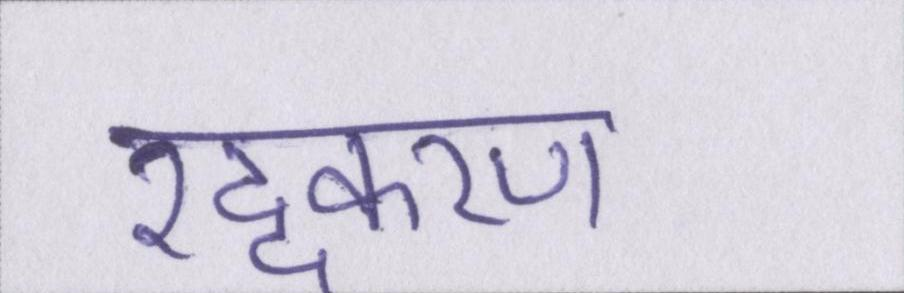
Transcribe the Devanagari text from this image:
रद्दकरण